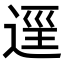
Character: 𨓷